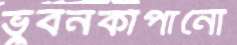
ভুবনকাঁপানো